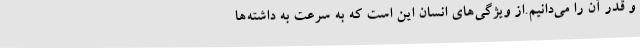
و قدر آن را می‌دانیم.از ویژگی‌های انسان این است که به سرعت به داشته‌ها